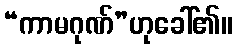
“ကာမဂုဏ်”ဟုခေါ်၏။